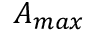
A _ { m a x }